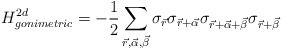
\begin{align*}H_{gonimetric}^{2d}=- \frac{1}{2} \sum_{\vec{r},\vec{\alpha},\vec{\beta}}\sigma_{\vec{r}}\sigma_{\vec{r}+\vec{\alpha}} \sigma_{\vec{r}+\vec{\alpha}+\vec{\beta}}\sigma_{\vec{r}+\vec{\beta}}\end{align*}